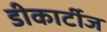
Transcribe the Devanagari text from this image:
डीकार्टीज